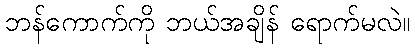
ဘန်ကောက်ကို ဘယ်အချိန် ရောက်မလဲ။